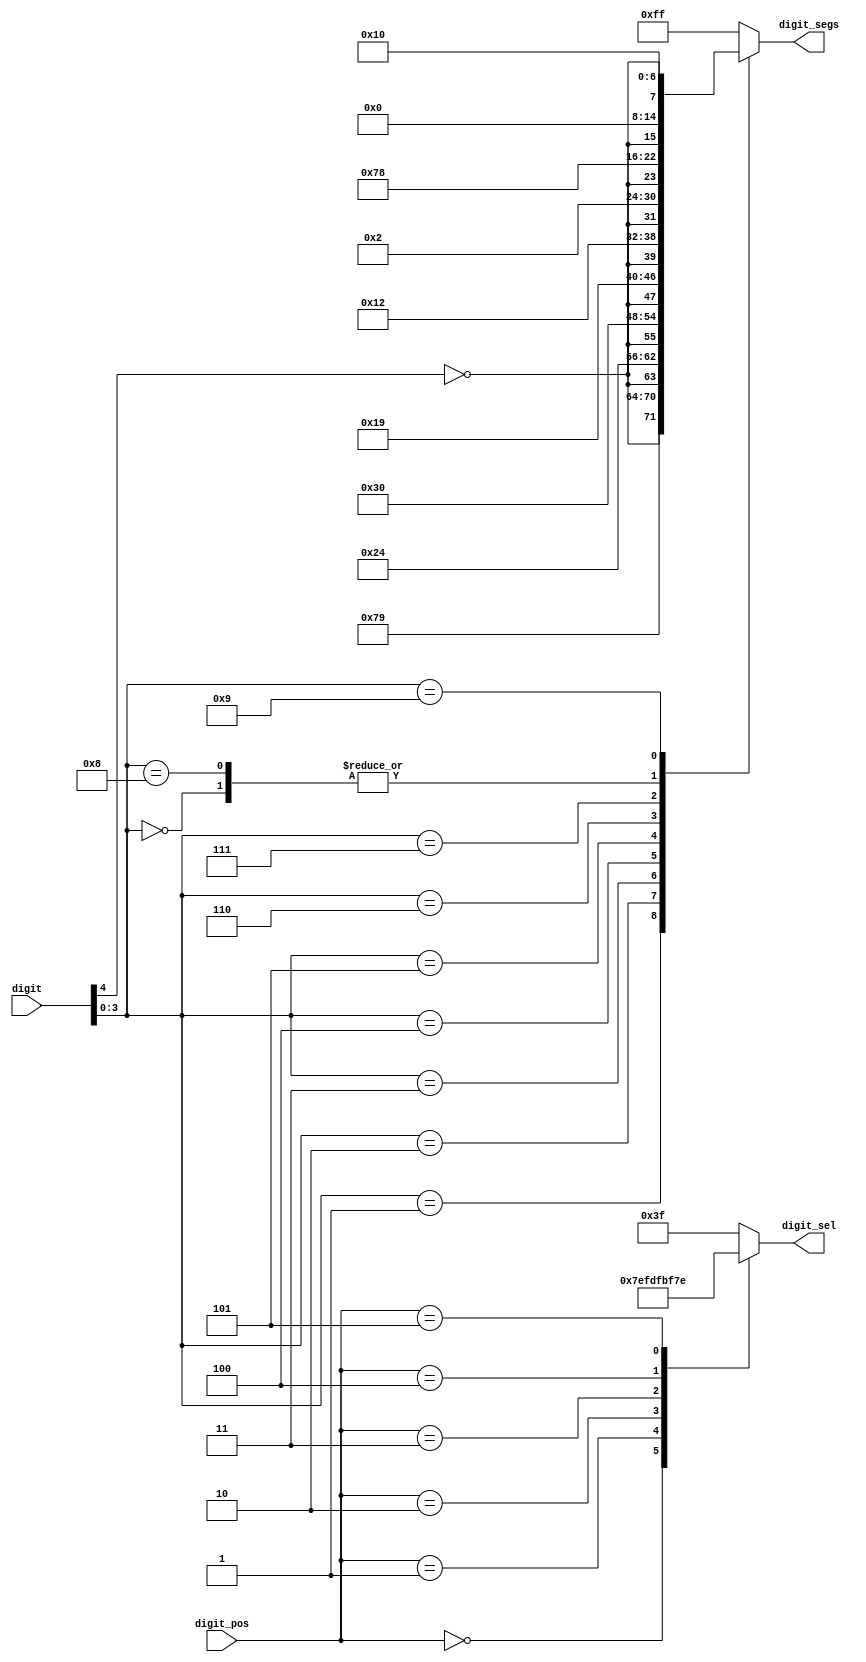
module sseg (
	input[4:0] digit,
	input[2:0] digit_pos,

	output reg[7:0] digit_segs,
	output reg[5:0] digit_sel
);

always @ (digit) begin
	case (digit[3:0])
		4'd0: digit_segs <= {~digit[4], 7'b0000000};
		4'd1: digit_segs <= {~digit[4], 7'b1111001};
		4'd2: digit_segs <= {~digit[4], 7'b0100100};
		4'd3: digit_segs <= {~digit[4], 7'b0110000};
		4'd4: digit_segs <= {~digit[4], 7'b0011001};
		4'd5: digit_segs <= {~digit[4], 7'b0010010};
		4'd6: digit_segs <= {~digit[4], 7'b0000010};
		4'd7: digit_segs <= {~digit[4], 7'b1111000};
		4'd8: digit_segs <= {~digit[4], 7'b0000000};
		4'd9: digit_segs <= {~digit[4], 7'b0010000};
		default: digit_segs <= 8'b11111111;
	endcase
end

always @ (digit_pos) begin
	case (digit_pos)
		3'd0: digit_sel <= 6'b011111;
		3'd1: digit_sel <= 6'b101111;
		3'd2: digit_sel <= 6'b110111;
		3'd3: digit_sel <= 6'b111011;
		3'd4: digit_sel <= 6'b111101;
		3'd5: digit_sel <= 6'b111110;
		default: digit_sel <=6'b111111;
	endcase
end

endmodule